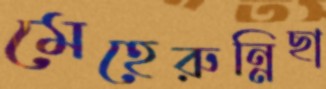
মেহেরুন্নিছা